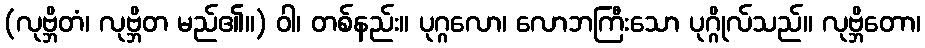
(လုဗ္ဘိတံ၊ လုဗ္ဘိတ မည်၏။) ဝါ၊ တစ်နည်း။ ပုဂ္ဂလော၊ လောဘကြီးသော ပုဂ္ဂိုလ်သည်။ လုဗ္ဘိတော၊